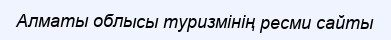
Алматы облысы туризмінің ресми сайты